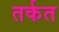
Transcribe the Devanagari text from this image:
तर्कत